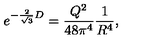
e ^ { - { \frac { 2 } { \sqrt 3 } } D } = { \frac { Q ^ { 2 } } { 4 8 \pi ^ { 4 } } } { \frac { 1 } { R ^ { 4 } } } ,